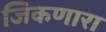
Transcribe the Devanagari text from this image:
जिकणारा